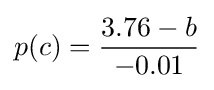
p(c)={\frac {3.76-b}{-0.01}}